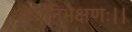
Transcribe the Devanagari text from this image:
पद्मनिभेक्षणः।।